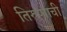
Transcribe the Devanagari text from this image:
तिरुप्पाची